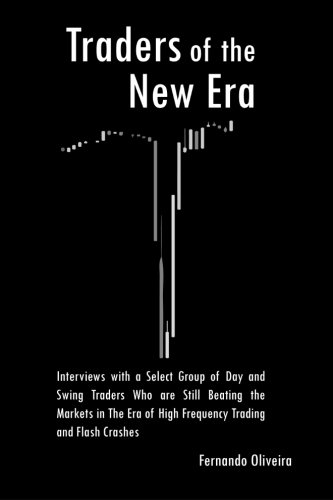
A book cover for Traders of the New Era: Interviews with a Select Group of Day and Swing Traders Who are Still Beating the Markets in the Era of High Frequency Trading and Flash Crashes; Fernando Oliveira; Business & Money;